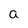
Character: a